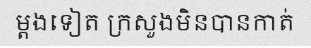
ម្តងទៀត ក្រសួងមិនបានកាត់